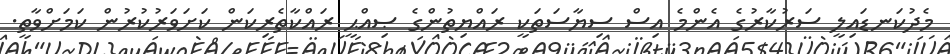
މެދުކަނޑައިލީ ސަރުކާރުގެ އެންމެ އިސް ސިޔާސަތަކީ ރައްޔިތުންގެ ޞިއްޙީ ރައްކާތެރިކަން ކަށަވަރުކުރުން ކަމަށްވާތީ.